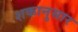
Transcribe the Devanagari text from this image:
शकानुसार